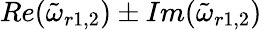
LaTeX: Re(\tilde{\omega}_{r1,2})\pm Im(\tilde{\omega}_{r1,2})